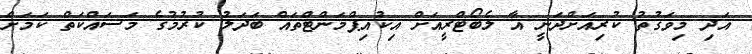
އަދި މިވަގުތު ކުރިއަށްދަނީ އާ ލެބޯޓްރީއަށް އިކުއިޕްމަންޓްތައް ބަދަލު ކުރުމުގެ މަސައްކަތް ކަމަށް